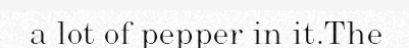
a lot of pepper in it.The